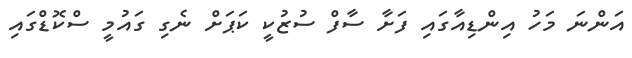
އަންނަ މަހު އިންޑިއާގައި ފަށާ ސާފް ސުޒުކީ ކަޕަށް ނެގި ގައުމީ ސްކޮޑްގައި